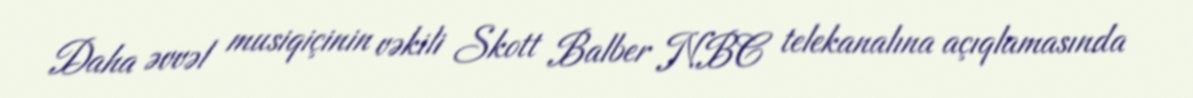
Daha əvvəl musiqiçinin vəkili Skott Balber NBC telekanalına açıqlamasında